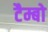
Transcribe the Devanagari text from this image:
टैम्बो